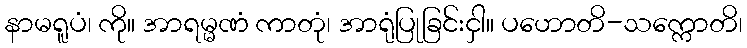
နာမရူပံ၊ ကို။ အာရမ္မဏံ ကာတုံ၊ အာရုံပြုခြင်းငှါ။ ပဟောတိ-သက္ကောတိ၊